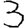
Digit: 3